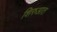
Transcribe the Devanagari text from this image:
शिरुआत